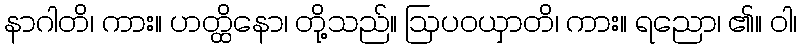
နာဂါတိ၊ ကား။ ဟတ္ထိနော၊ တို့သည်။ ဩပဝယှာတိ၊ ကား။ ရညော၊ ၏။ ဝါ၊